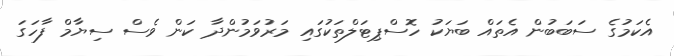
އެކަމުގެ ސަބަބުން އެތައް ބަޔަކު ހޮސްޕިޓަލްތަކުގައި މަރުވަމުންދާ ކަން ވެސް ސިޔާމް ފާހަގަ